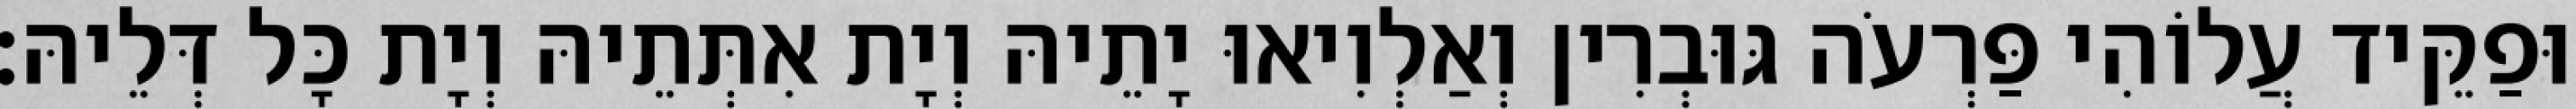
וּפַקֵּיד עֲלוֹהִי פַּרְעֹה גּוּבְרִין וְאַלְוִיאוּ יָתֵיהּ וְיָת אִתְּתֵיהּ וְיָת כָּל דְּלֵיהּ׃